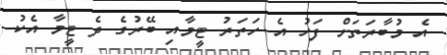
އެ މުބާރަތަށް ފަހު އެ ހަތަރު ޓީމާއި ބޭރުގެ ދެ ޓީމާ އެކު